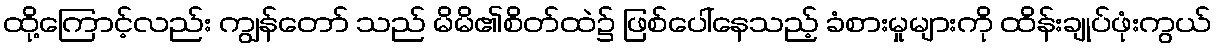
ထို့ကြောင့်လည်း ကျွန်တော် သည် မိမိ၏စိတ်ထဲ၌ ဖြစ်ပေါ်နေသည့် ခံစားမှုများကို ထိန်းချုပ်ဖုံးကွယ်